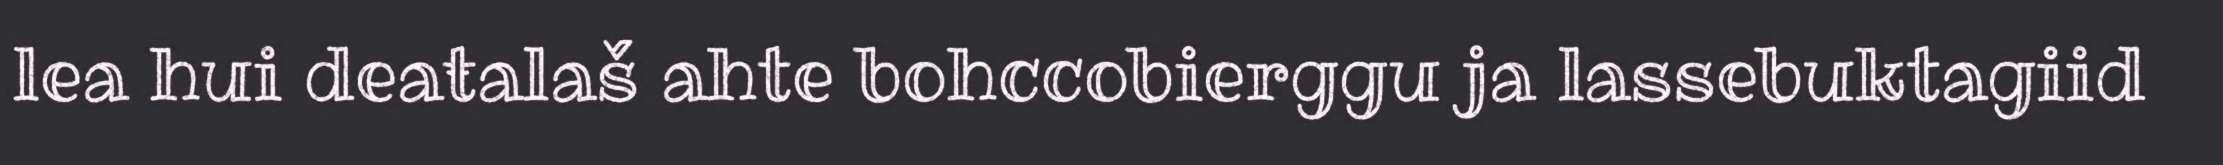
lea hui deaŧalaš ahte bohccobierggu ja lassebuktagiid